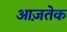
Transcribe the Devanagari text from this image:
आज़तेक